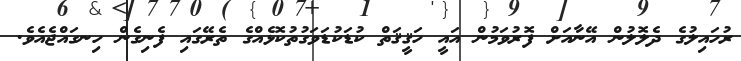
ރުހައިލުގެ ދެލޮލުން އޭނާއަށް ފޮރުވަމުން އައީ ހަޤީޤަތް ކުޑަކުޑަވަގުތުކޮޅެއްގެ ތެރޭގައި ފެނިގެން ހިނގައްޖެއެވެ.